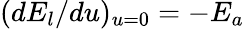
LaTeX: (dE_{l}/du)_{u=0}=-E_{a}